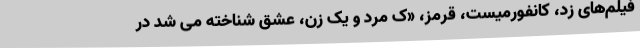
فیلم‌های زد، کانفورمیست، قرمز، «ک مرد و یک زن، عشق شناخته می شد در